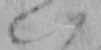
い